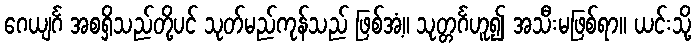
ဂေယျင်္ဂ အစရှိသည်တို့ပင် သုတ်မည်ကုန်သည် ဖြစ်အံ့။ သုတ္တင်္ဂဟူ၍ အသီးမဖြစ်ရာ။ ယင်းသို့